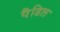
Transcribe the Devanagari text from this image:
पैडिल